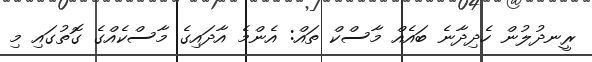
ރީނދުލުން ހެދިދާނެ ބައެއް މާސްކް ތައް: އެންމެ އާދައިގެ މާސްކެއްގެ ގޮތުގައި މި